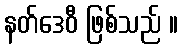
နတ်ဒေဝီ ဖြစ်သည် ။